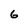
Character: G